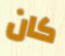
كان